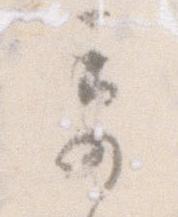
奇